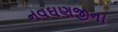
નવઘણજીના